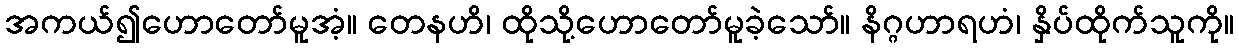
အကယ်၍ဟောတော်မူအံ့။ တေနဟိ၊ ထိုသို့ဟောတော်မူခဲ့သော်။ နိဂ္ဂဟာရဟံ၊ နှိပ်ထိုက်သူကို။